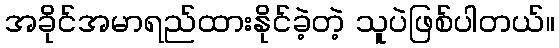
အခိုင်အမာရည်ထားနိုင်ခဲ့တဲ့ သူပဲဖြစ်ပါတယ်။